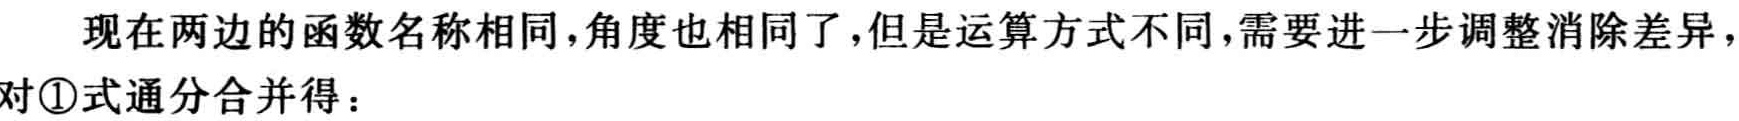
现在两边的函数名称相同,角度也相同了,但是运算方式不同,需要进一步调整消除差异,对\textcircled{1}式通分合并得：